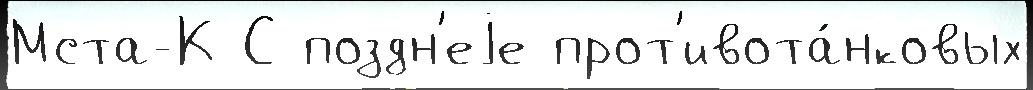
Мста-К С поздн'еjе прот'ивота́нковых